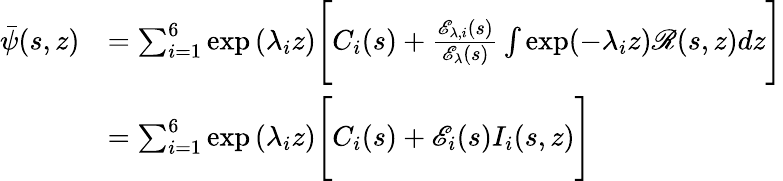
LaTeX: \begin{array}{rl}{\bar{\psi}(s,z)}&{=\sum_{i=1}^{6}\exp{(\lambda_{i}z)}\Bigg[C_{i}(s)+\frac{\mathscr{E}_{\lambda,i}(s)}{\mathscr{E}_{\lambda}(s)}\int\exp(-\lambda_{i}z)\mathscr{R}(s,z)dz\Bigg]}\\ &{=\sum_{i=1}^{6}\exp{(\lambda_{i}z)}\Bigg[C_{i}(s)+\mathscr{E}_{i}(s)I_{i}(s,z)\Bigg]}\end{array}